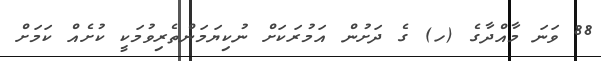
88 ވަނަ މާއްދާގެ (ހ) ގެ ދަށުން އަމުރަކަށް ނުކިޔަމަންތެރިވުމަކީ ކުށެއް ކަމަށް